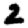
Digit: 2